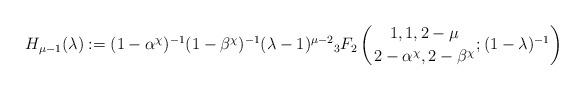
LaTeX: \begin{align*}H_{\mu-1}(\lambda):=(1-\alpha^\chi)^{-1}(1-\beta^\chi)^{-1}(\lambda-1)^{\mu-2}{}_3F_2\left({1,1,2-\mu\atop 2-\alpha^\chi,2-\beta^\chi};(1-\lambda)^{-1}\right)\end{align*}